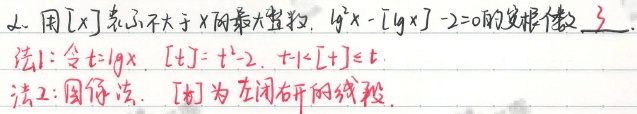
2. 用\([x]\)表示不大于\(x\)的最大整数，\(\lg^{2}x - [\lg x] - 2 = 0\)的实根个数为\(3\)。
法1：令\(t = \lg x\)，\([t]=t^{2}-2\)，\(t - 1<[t]\leqslant t\)。
法2：图像法。\([t]\)为左闭右开的线段。